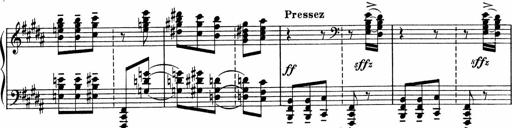
Title: Sonatine pour piano
Composer: Albert Roussel